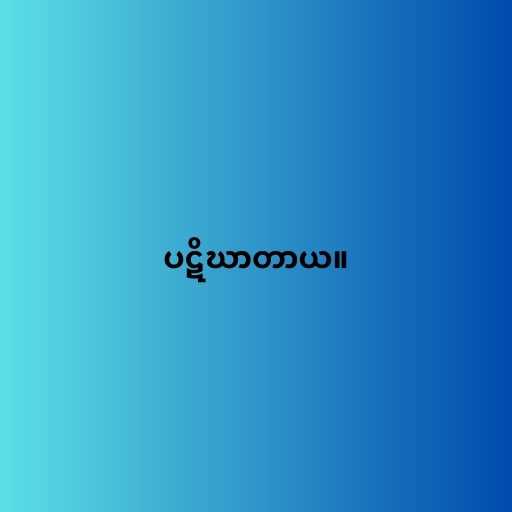
ပဋိဃာတာယ။